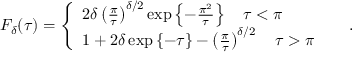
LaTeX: F _ { \delta } ( \tau ) = \left\{ \begin{array} { l l } { { 2 \delta \left( \frac { \pi } { \tau } \right) ^ { \delta / 2 } \exp \left\{ - \frac { \pi ^ { 2 } } { \tau } \right\} \quad \tau < \pi } } & { { } } \\ { { 1 + 2 \delta \exp \left\{ - \tau \right\} - \left( \frac { \pi } { \tau } \right) ^ { \delta / 2 } \quad \tau > \pi } } \end{array} \right. ~ .